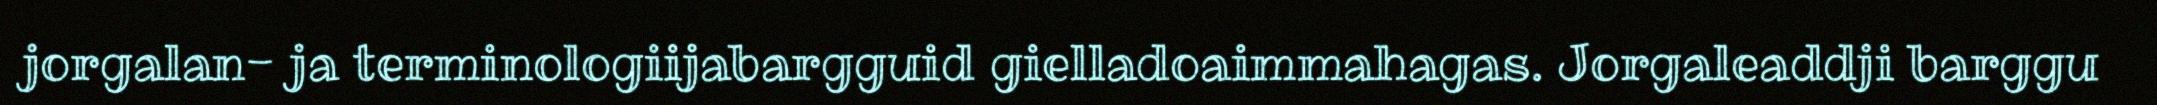
jorgalan- ja terminologiijabargguid gielladoaimmahagas. Jorgaleaddji barggu